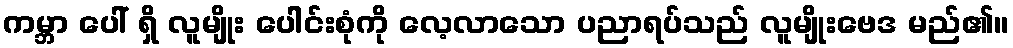
ကမ္ဘာ ပေါ် ရှိ လူမျိုး ပေါင်းစုံကို လေ့လာသော ပညာရပ်သည် လူမျိုးဗေဒ မည်၏။